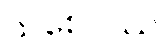
သစေပိဿ